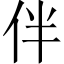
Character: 伴